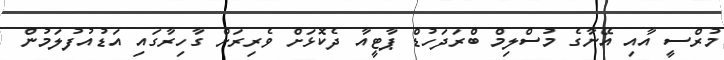
މުރްސީ އާއި އޭނާގެ މުސްލިމް ބްރަދަހުޑް ޕާޓީއާ ދެކޮޅަށް ވެރިރަށް ގާހިރާގައި އަޑުއުފުލަމުން